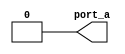
module CST_NO_BWID (port_a);
   output port_a;
   assign port_a = 'b000000;
endmodule